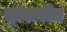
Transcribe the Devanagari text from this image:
स्‍थापीत